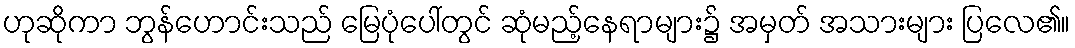
ဟုဆိုကာ ဘွန်ဟောင်းသည် မြေပုံပေါ်တွင် ဆုံမည့်နေရာများ၌ အမှတ် အသားများ ပြလေ၏။